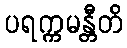
ပရက္ကမန္တီတိ